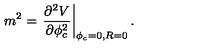
m ^ { 2 } = \left. \frac { \partial ^ { 2 } V } { \partial \phi _ { c } ^ { 2 } } \right| _ { \phi _ { c } = 0 , R = 0 } .